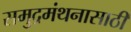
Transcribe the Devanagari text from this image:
समुद्रमंथनासाठी